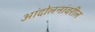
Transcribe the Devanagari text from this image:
आंदोलनांवरील